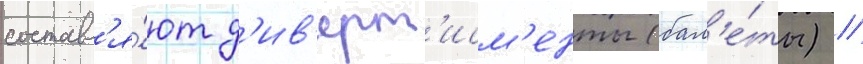
составл'я́ют д'ив'ерт'исм'енты (бал'е́ты) /